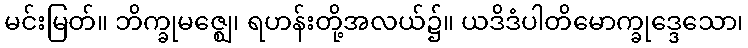
မင်းမြတ်။ ဘိက္ခုမဇ္ဈေ၊ ရဟန်းတို့အလယ်၌။ ယဒိဒံပါတိမောက္ခုဒ္ဒေသော၊